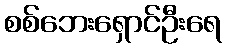
စစ်ဘေးရှောင်ဦးရေ